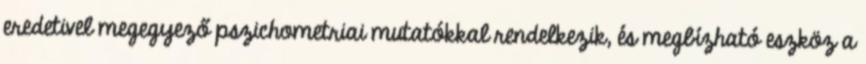
eredetivel megegyező pszichometriai mutatókkal rendelkezik, és megbízható eszköz a